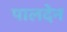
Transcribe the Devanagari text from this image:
पालदेन